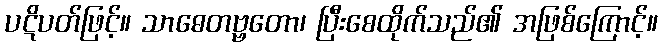
ပဋိပတ်ဖြင့်။ သာဓေတဗ္ဗတော၊ ပြီးစေထိုက်သည်၏ အဖြစ်ကြောင့်။